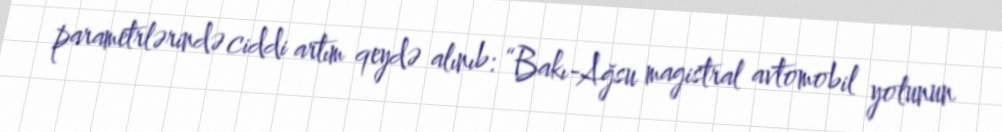
parametrlərində ciddi artım qeydə alınıb: “Bakı-Ağsu magistral avtomobil yolunun